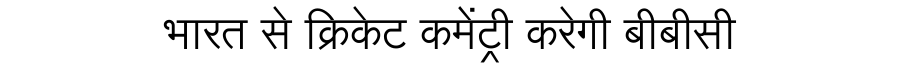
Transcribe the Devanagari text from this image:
भारत से क्रिकेट कमेंट्री करेगी बीबीसी